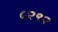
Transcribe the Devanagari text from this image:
५२९२